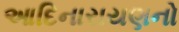
આદિનારાયણનો